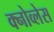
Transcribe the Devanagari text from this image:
क्नोव्लेस